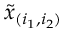
\tilde { x } _ { ( i _ { 1 } , i _ { 2 } ) }